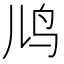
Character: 𬷼